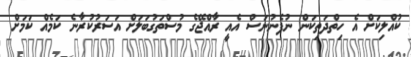
ކުއްލިކަށް އެ ހިތްދަތިކަން ނުފެނުނަސް އެއީ ރާއްޖޭގެ މުސްތަގުބަލަށް އަސަރުކުރާނެ ކަމެއް ކަމަށް